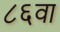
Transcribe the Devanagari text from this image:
८६वा